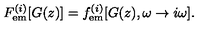
F _ { { \mathrm { e m } } } ^ { ( i ) } [ G ( z ) ] = f _ { { \mathrm { e m } } } ^ { ( i ) } [ G ( z ) , \omega \rightarrow i \omega ] .